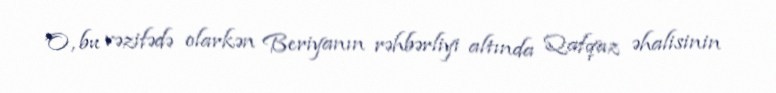
O, bu vəzifədə olarkən Beriyanın rəhbərliyi altında Qafqaz əhalisinin